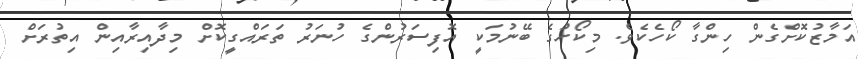
އަމާޒުކޮށްގެން ހިންގާ ކޯހެކެވެ. މިކޯހުގެ ބޭނުމަކީ އޮފިސަރުންގެ ހުނަރު ތަރައްގީކޮށް މިދާއިރާއިން އިތުރަށް